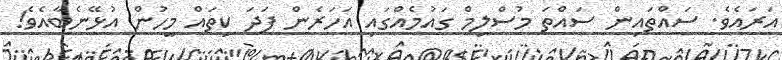
އަރައެވެ. ސައްތައިން ސައްތަ މުސްލިމް ގައުމެއްގައި އަހަރެން ފަދަ ކިތައް މީހުން އުޅޭނެބާއެވެ!